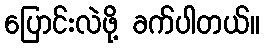
ပြောင်းလဲဖို့ ခက်ပါတယ်။